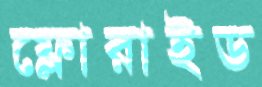
ফ্লোরাইড